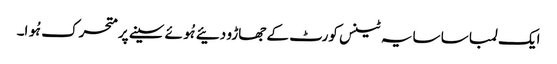
ایک لمبا سا سایہ ٹینس کورٹ کے جھاڑو دئیے ہُوئے سینے پر متحرک ہُوا۔